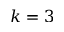
k = 3